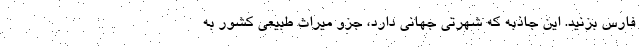
فارس بزنید. این جاذبه که شهرتی جهانی دارد، جزو میراث طبیعی کشور به